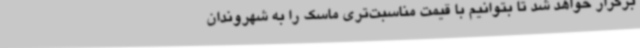
برگزار خواهد شد تا بتوانیم با قیمت مناسبت‌تری ماسک را به شهروندان